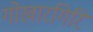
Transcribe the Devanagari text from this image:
गोखारगिरि